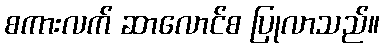
စကားလက် ဆာလောင်စ ပြုလာသည်။